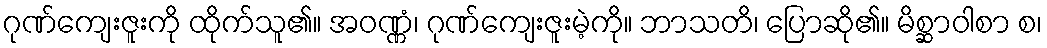
ဂုဏ်ကျေးဇူးကို ထိုက်သူ၏။ အဝဏ္ဏံ၊ ဂုဏ်ကျေးဇူးမဲ့ကို။ ဘာသတိ၊ ပြောဆို၏။ မိစ္ဆာဝါစာ စ၊